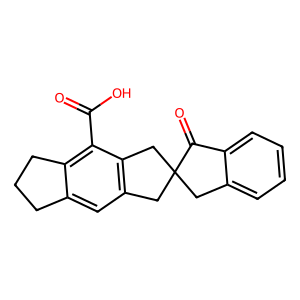
SMILES: O=C(O)c1c2c(cc3c1CC1(Cc4ccccc4C1=O)C3)CCC2
Inhibits HIV replication: No